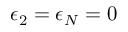
\epsilon _ { 2 } = \epsilon _ { N } = 0